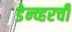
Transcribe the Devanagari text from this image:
डेन्व्हरची